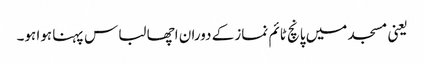
یعنی مسجد میں پانچ ٹائم نماز کے دوران اچھا لباس پہنا ہوا ہو۔